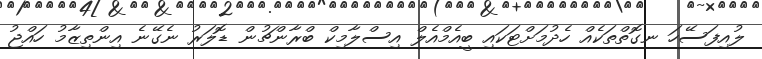
ލުއިފަސޭހަ ނގޮތްތަކެއް ހެދުމަށްޓަކައި ބީއެމްއެލް އިސްލާމިކް ބްރާންޗުން ޑޮލަރު ނެގޭނެ އިންތިޒާމު ހައްޖު